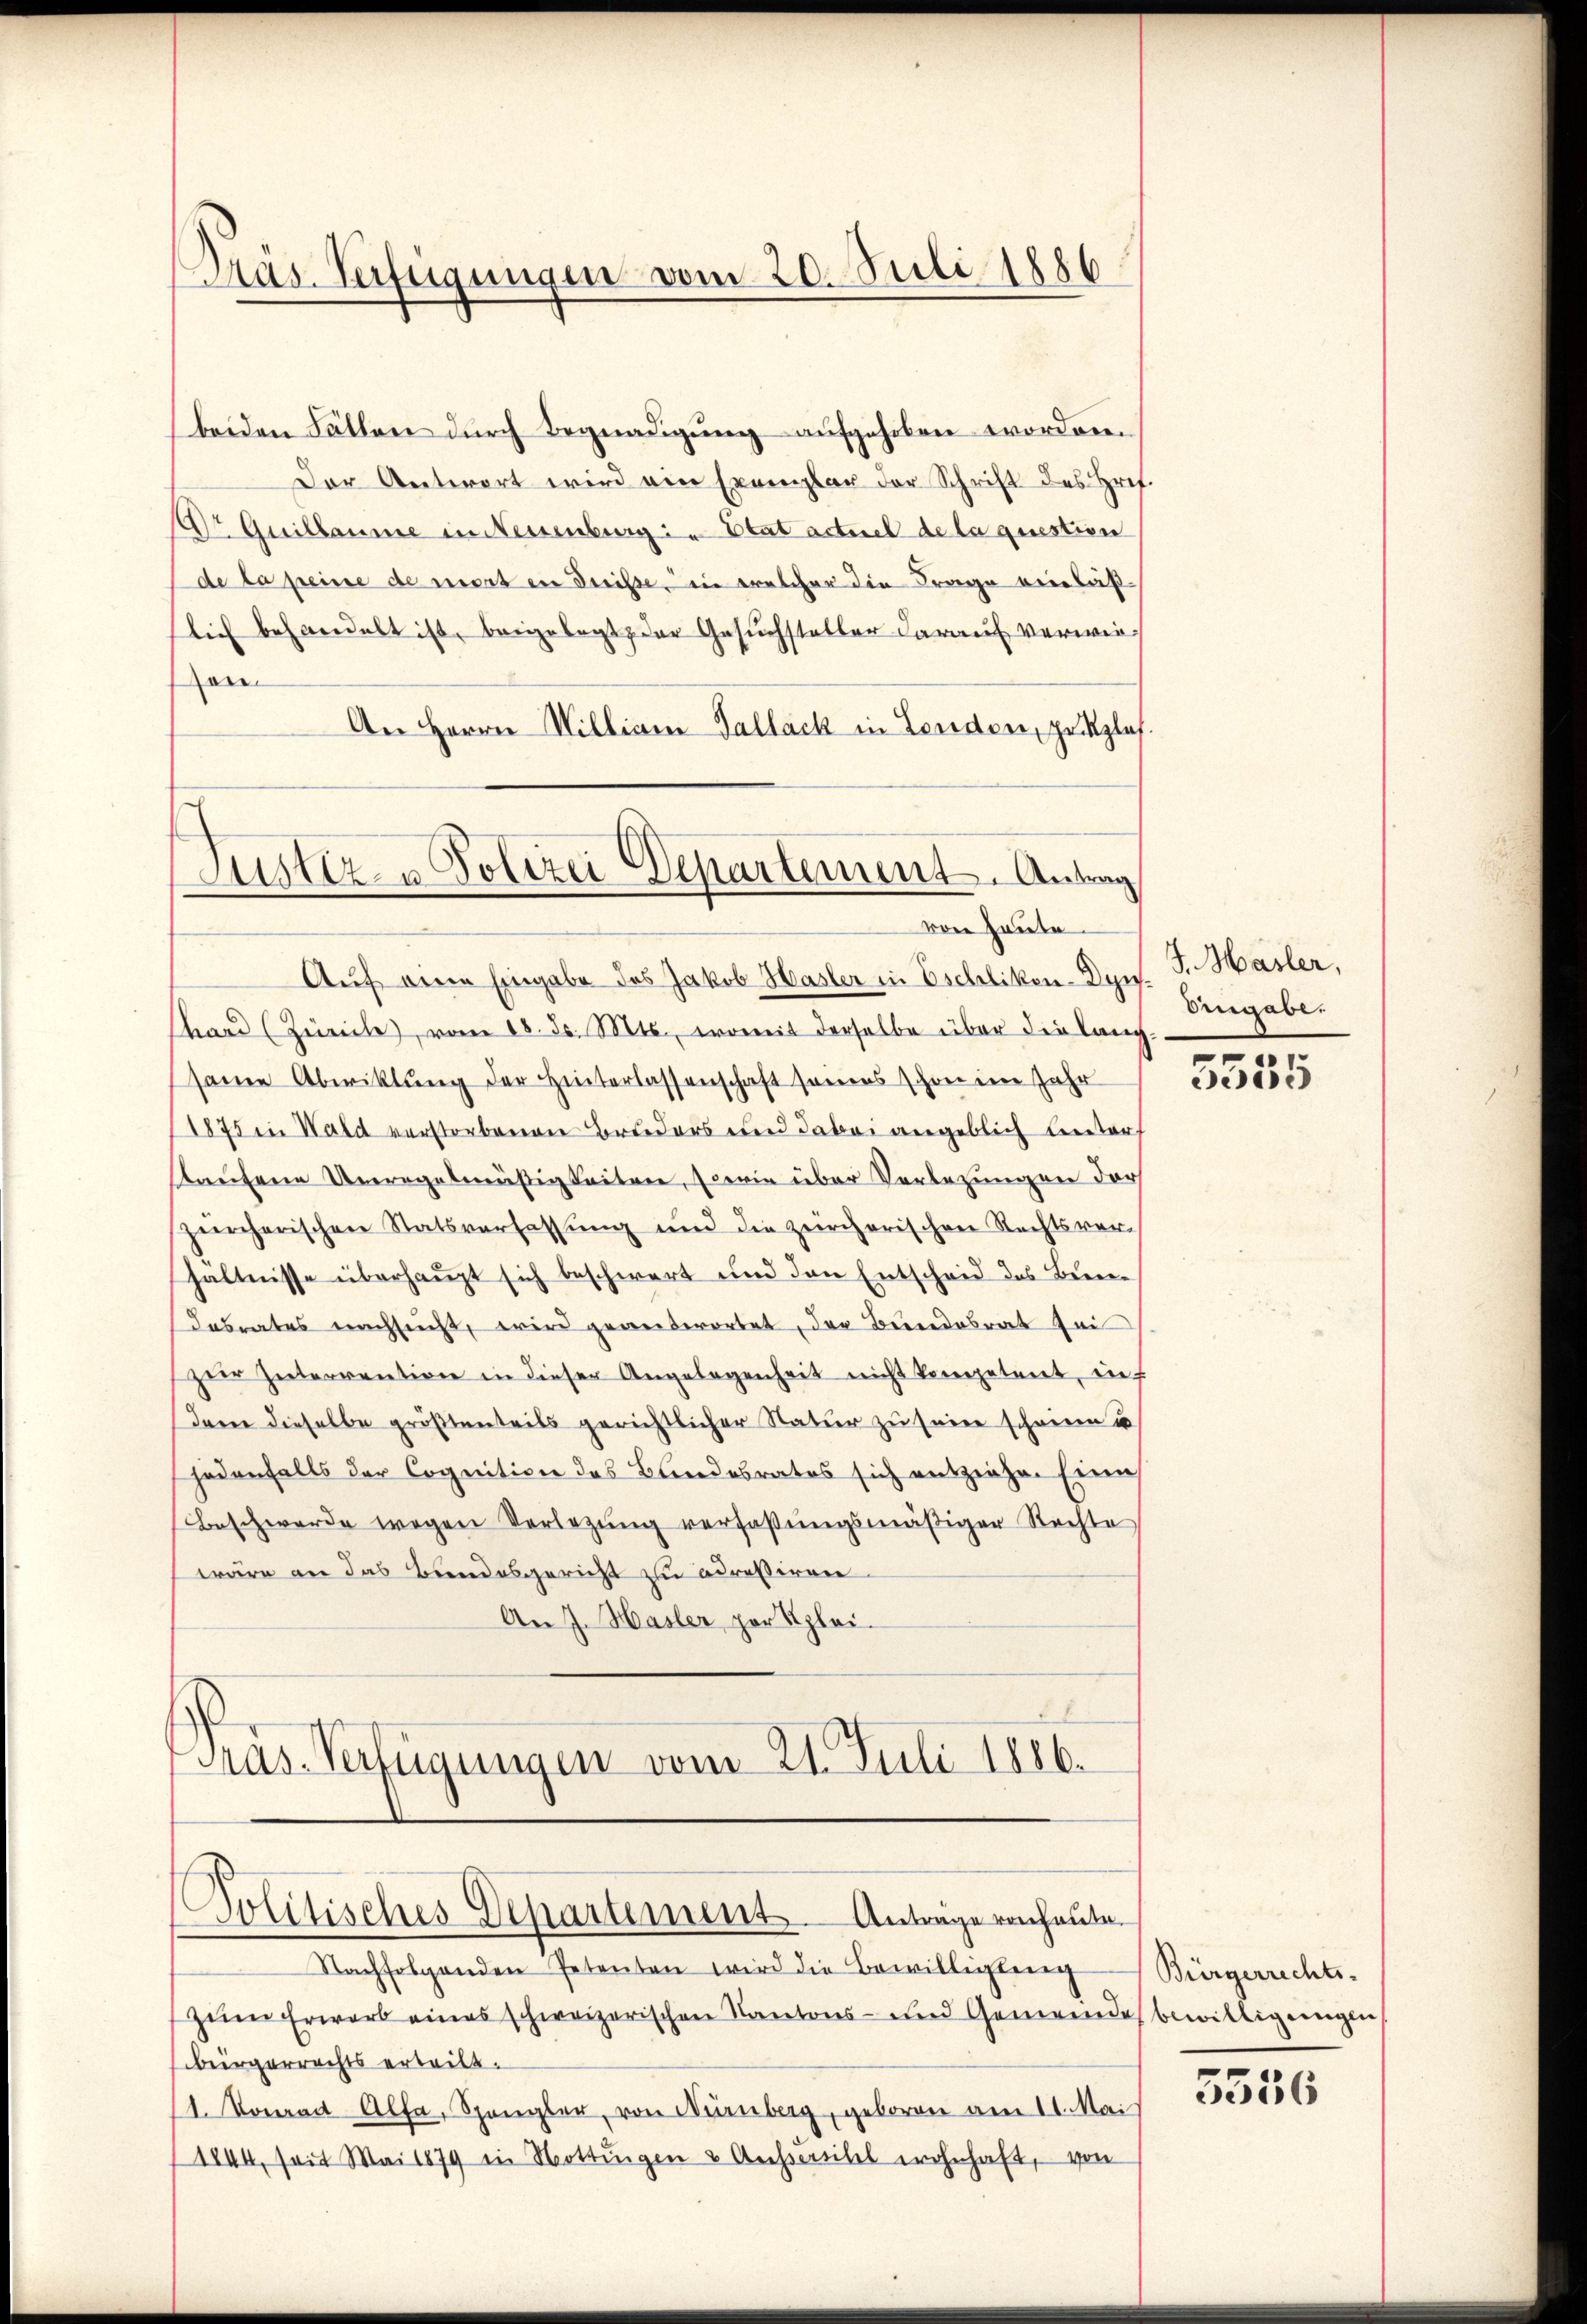
Präs. Verfügungen vom 20. Juli 1886

beiden Fällen durch Begnadigung aufgehoben worden.
Der Antwort wird ein Exemplar der Schrift des Href.
Dr Quillaume in Neuenburg in Etat actuel de la questien
de la preisse de mort in dreisse, ein welcher die Frage vieläßlich behandelt ist, beigelegt, der Gesuchsteller darauf verwiezen.
An Herrn Milliam Tallack in Lenden, pr zlas.

Justiz- u Polizei Departement. Antrag
von Heute.

Auf eine Eingabe des Jakob Hasler in Eschlikon-Dyn. F. Hasler,
hard (Zürche, vom 18. ds. Mts., womit derselbe über die lang-
same Abwiktung der Hinterlassenschaft seiners schon im Jahr
(1875 in Wald verstorbenen Bruders und dabei angeblich leiter
staufene Unregelmäßigkeiten, sowie über Vorlegungen der
zürcherischen Statsverfassŭng und die zürcherischen Rechtsver-
hältnisse überhaupt sich beschwert und den Entscheid des Bene
Cabrates nachsucht, wird gereitwortet, der Bedendesrat sei
zer Interrention in dieser Angelegenheit nicht kompetent, auf
dern dieselbe größtenteils gerichtlicher Natur zu seine scheine u
jedenfalls der Cognition des Blindesrates sich entziehen Eine
Beschwerde wegen Verlegŭng verfaßungsmäßiger Rechte
wäre an das Bundesgericht zu adressiren.
An J. Hasler per plai
Gräs-Verfügungen vom 21. Juli 1886.

Politisches Departement. Anträge von heute.

Nachfolgenden Petenten wird die Bewilligung
zum Erwarb eines schweizerischen Kantons- und Gemeinde bewilligungen
sbürgerrechts erteilt.
1. Voran Alfe, Spangler, von Nürnberg, geboren am 11. Mai
1844, seit Mai 1879 in Hottingen & Aussersitel wohnhaft, von

Angabe.

5555

Bürgerrechts-

5356